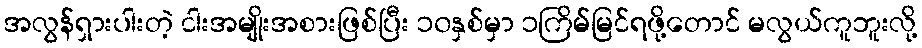
အလွန်ရှားပါးတဲ့ ငါးအမျိုးအစားဖြစ်ပြီး ၁၀နှစ်မှာ ၁ကြိမ်မြင်ရဖို့တောင် မလွယ်ကူဘူးလို့